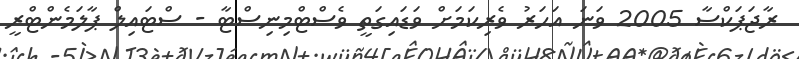
ރާޖަޕަކްސާ 2005 ވަނަ އަހަރު ވެރިކަމަށް ވަޑައިގަތީ ވެސްޓްމިނިސްޓާ - ސްޓައިލް ޕާލަމެންޓްރީ